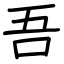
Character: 吾